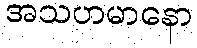
အသဟမာနော